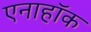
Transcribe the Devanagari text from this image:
एनाहॉक